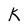
Character: K